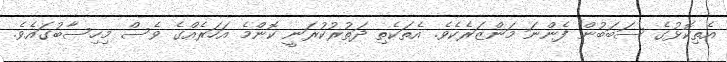
އެތިކޮޅުގެ ސަބަބުން ފެންނަ މަންޒަރެކެވެ. އެތަކެތި ދަތުރުކުރަނީ ކޮންމެ އަހަރެއްގެ ވެސް މިހިސާބުގައެވެ.